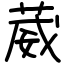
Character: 葳